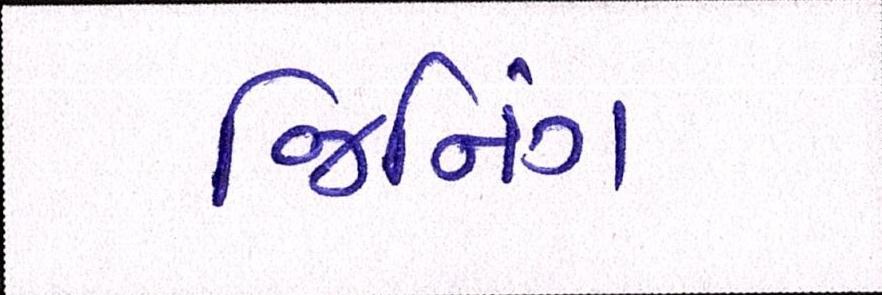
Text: જિનિંગ